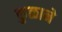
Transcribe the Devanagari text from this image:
कुळाने